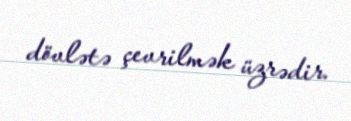
dövlətə çevrilmək üzrədir.